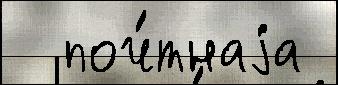
  поч́тнаjа